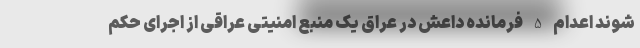
شوند اعدام 5 فرمانده داعش در عراق یک منبع امنیتی عراقی از اجرای حکم